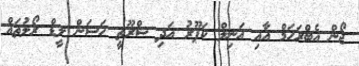
ޖޯން އެބްރަހަމް އާއި އަނިލް ކަޕޫރު އަދި ޝްރޫތީ ހަސަން ލީޑް ރޯލުތައް